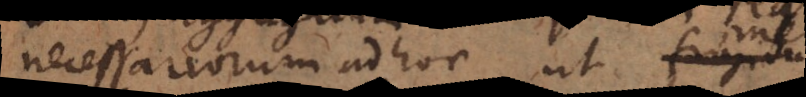
necessariorum ad hoc ut